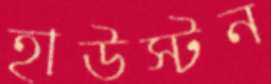
হাউস্টন